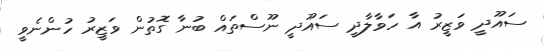
ސައޫދީ ވަޒީރު އާ ހަވާލާދީ ސައޫދީ ނޫސްތައް ބުނާ ގޮތުން ވަޒީރު ހުންނެވީ